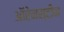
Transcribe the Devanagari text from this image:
ऑरेनस्टीन